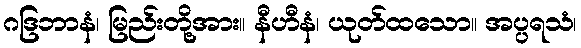
ဂဒြဘာနံ၊ မြည်းတို့အား။ နီဟီနံ၊ ယုတ်ထသော။ အပ္ပရသံ၊